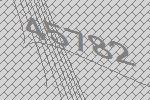
45782